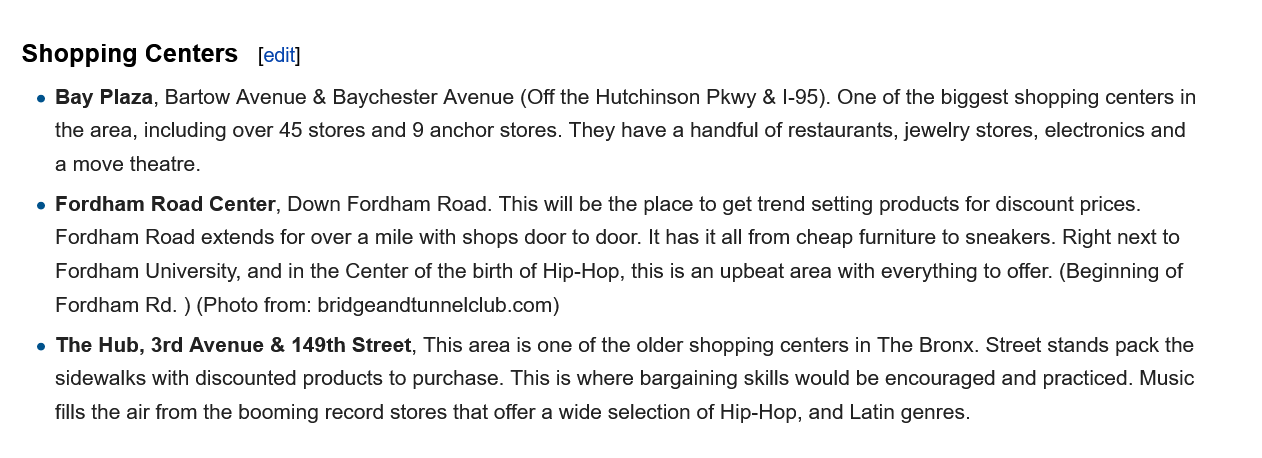
e Fordham Road  Center, Down Fordham Road. This will be the place to get trend setting products for discount prices.
     Fordham Road extends for over a mile with shops door to door. It has it all from cheap furniture to sneakers. Right next to
     Fordham University, and in the Center of the birth of Hip-Hop, this is an upbeat area with everything to offer. (Beginning of
     Fordham Rd. ) (Photo from: bridgeandtunnelclub.com)
    e The Hub, 3rd Avenue & 149th Street, This area is one of the older shopping centers in The Bronx. Street stands pack the
     sidewalks with discounted products to purchase. This is where bargaining skills would be encouraged and practiced. Music
     fills the air from the booming record stores that offer a wide selection of Hip-Hop, and Latin genres.
    e Bay Plaza, Bartow Avenue & Baychester Avenue (Off the Hutchinson Pkwy & I-95). One of the biggest shopping centers in
     the area, including over 45 stores and 9 anchor stores. They have a handful of restaurants, jewelry stores, electronics and
     a move theatre.
   Shopping   Centers   [edit]